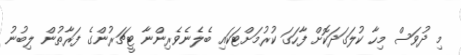
މި ދުވަސް މިހާ ކުލަގަދަކޮށް ފާހަގަ ކުރުމަށްޓަކައި ބެލެނެވެރިންނާ ޓީޗަރުންގެ ފަރާތުން ލިބުނު